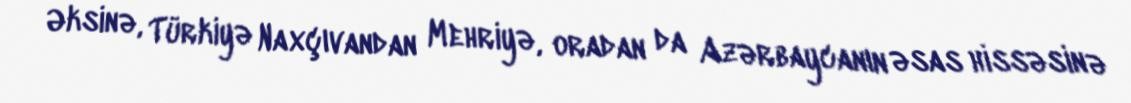
Əksinə, Türkiyə Naxçıvandan Mehriyə, oradan da Azərbaycanın əsas hissəsinə